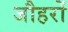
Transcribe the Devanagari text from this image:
जौहरों